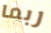
ربما